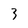
Character: 3